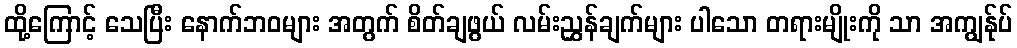
ထို့ကြောင့် သေပြီး နောက်ဘဝများ အတွက် စိတ်ချဖွယ် လမ်းညွှန်ချက်များ ပါသော တရားမျိုးကို သာ အကျွန်ုပ်